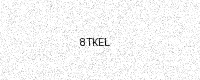
Text: 8TKEL